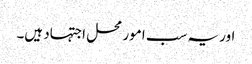
اور یہ سب امور محل اجتہاد ہیں۔